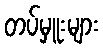
တပ်မှူးများ